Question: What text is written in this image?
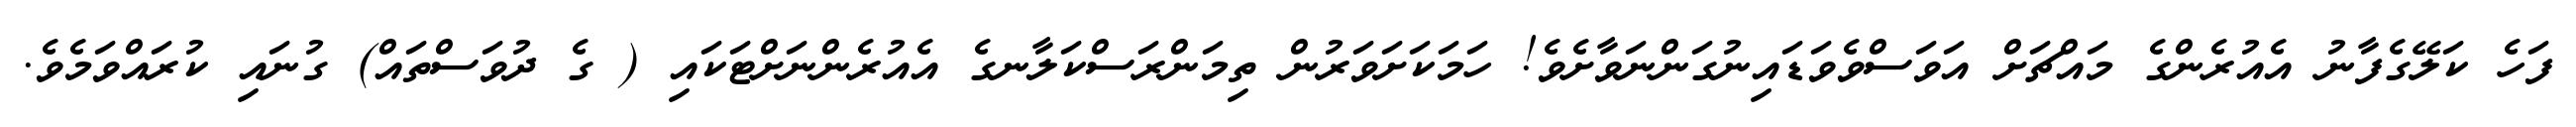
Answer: ފަހެ ކަލޭގެފާނު އެއުރެންގެ މައްޗަށް އަވަސްވެވަޑައިނުގަންނަވާށެވެ! ހަމަކަށަވަރުން ތިމަންރަސްކަލާނގެ އެއުރެންނަށްޓަކައި ( ގެ ދުވަސްތައް) ގުނައި ކުރައްވަމެވެ.